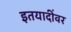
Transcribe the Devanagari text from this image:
इतयादींवर